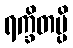
ရက္ခိတမ္ပိ